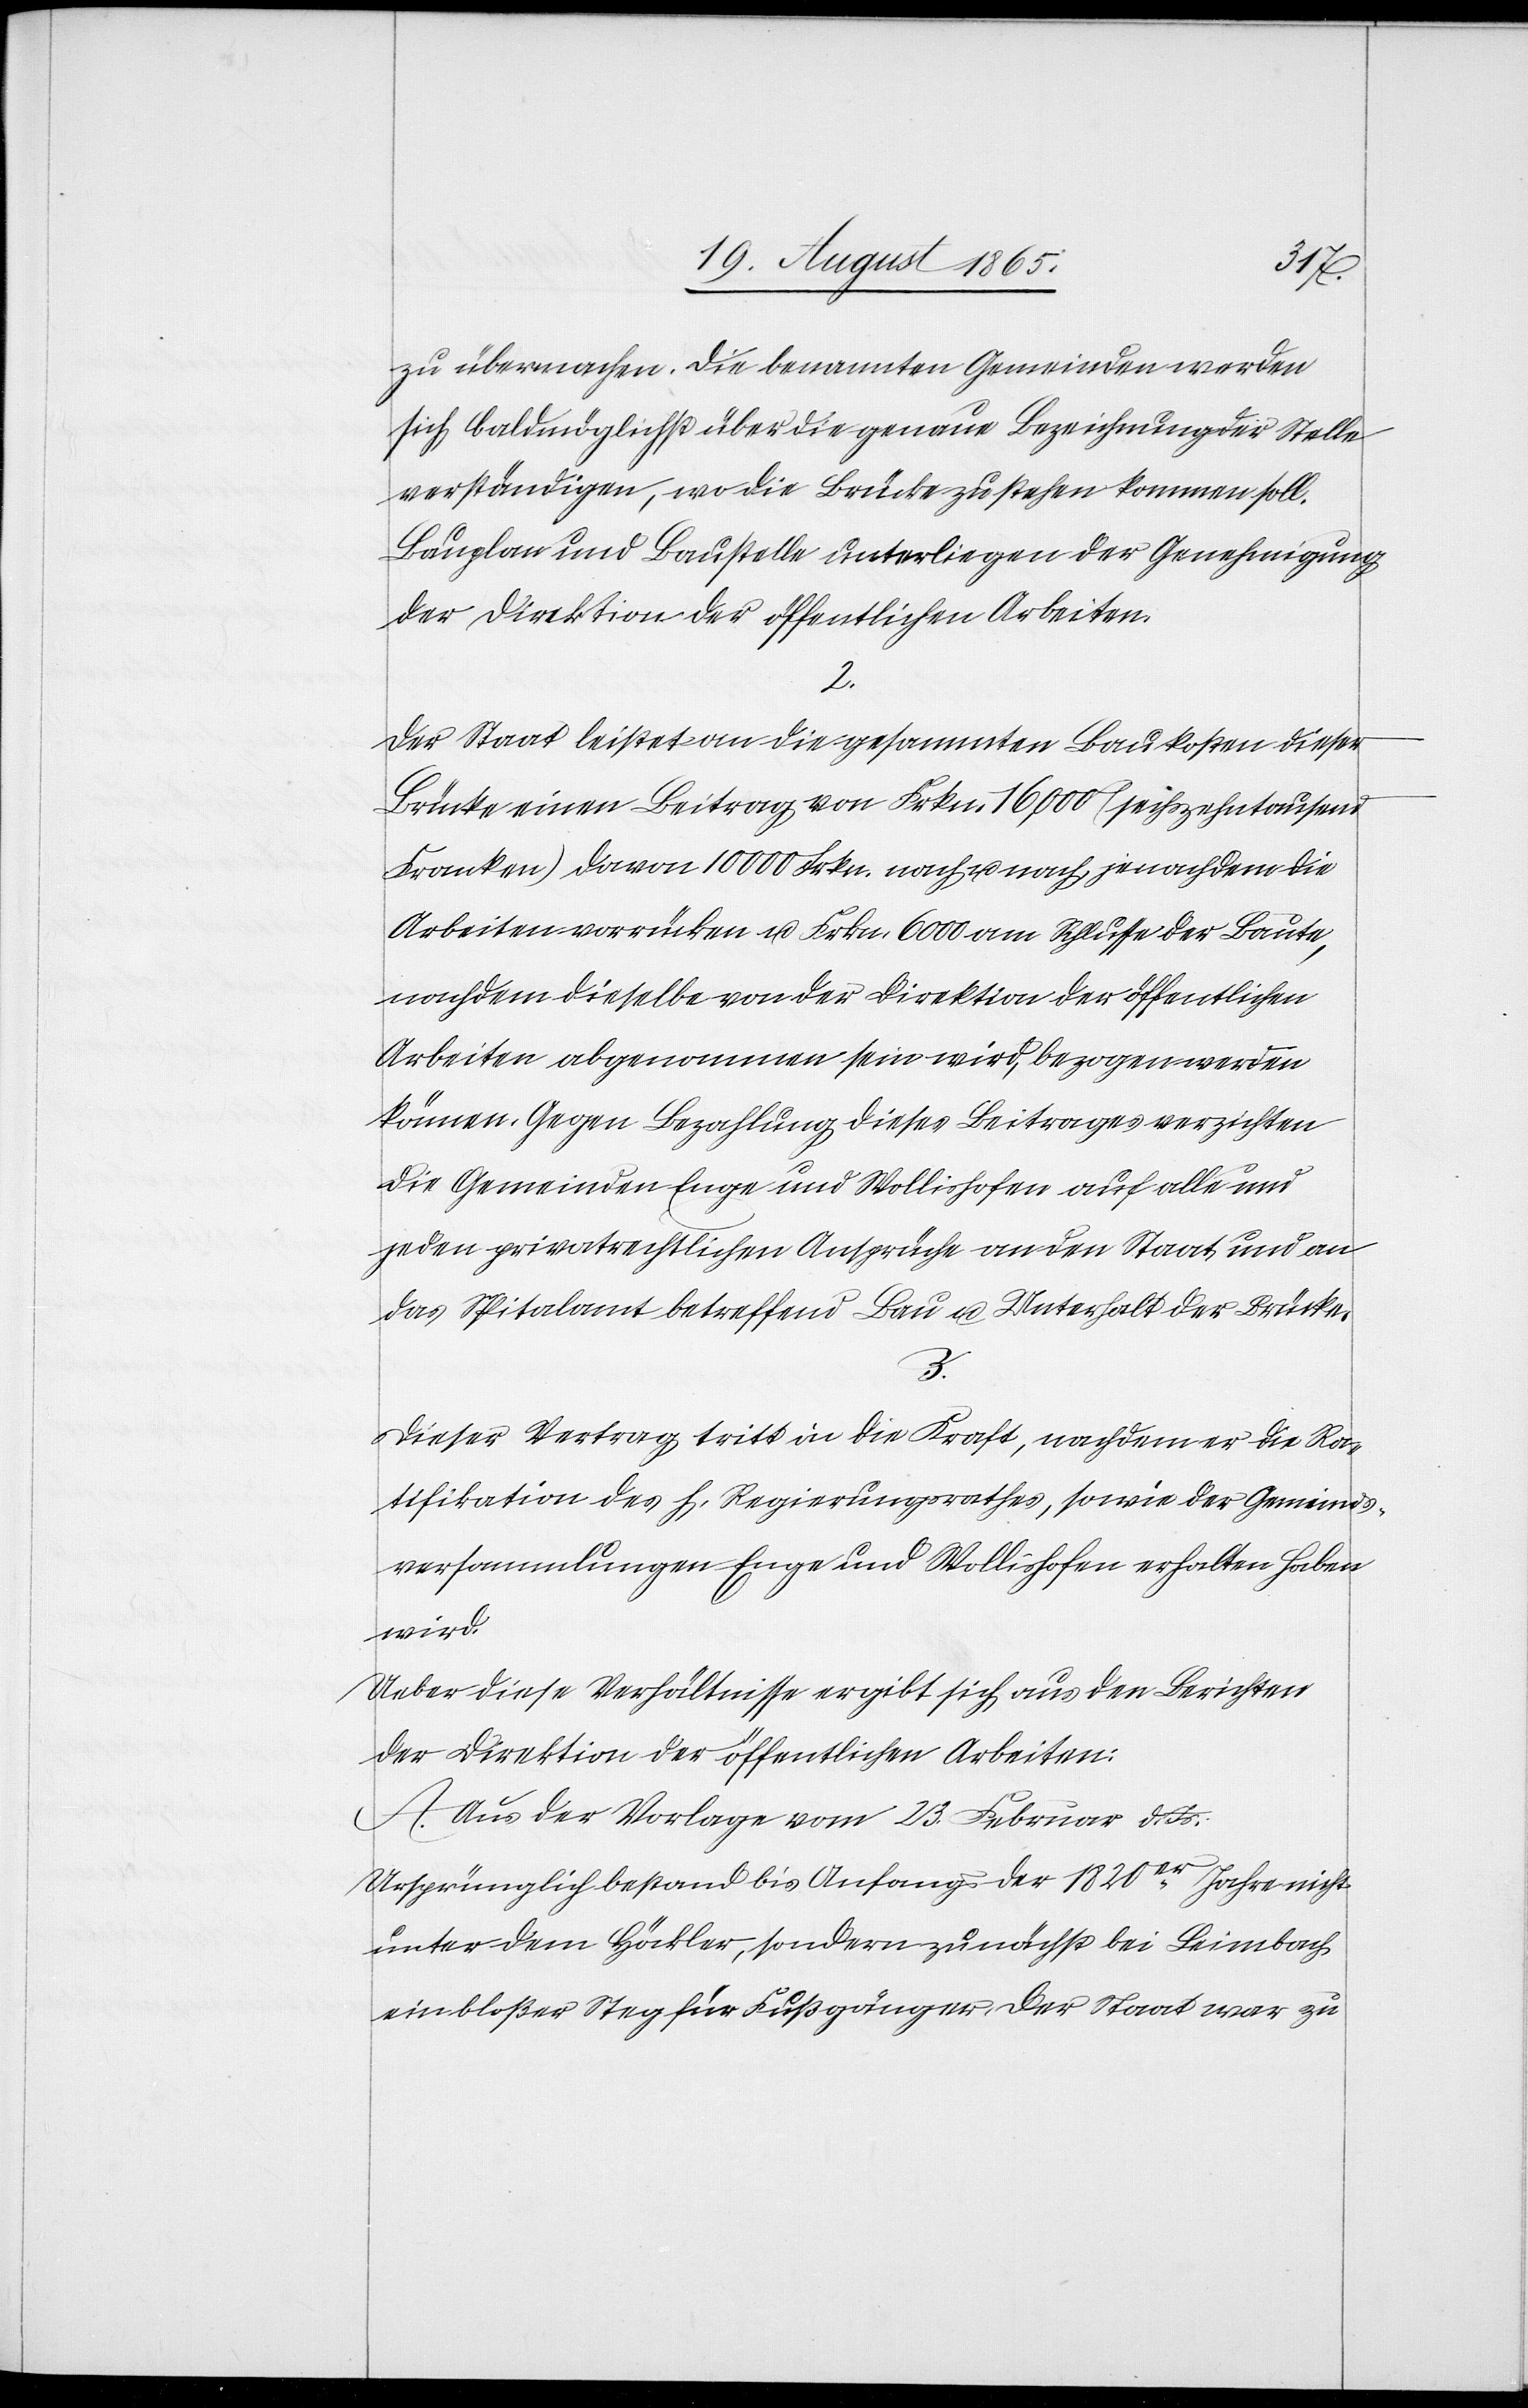
zu übermachen. Die benannten Gemeinden werden
sich baldmöglichst über die genaue Bezeichnung der Stelle
verständigen, wo die Brücke zu stehen kommen soll.
Bauplan und Baustelle unterliegen der Genehmigung
der Direktion der öffentlichen Arbeiten.
2.
Der Staat leistet an die gesammten Baukosten dieser
Brücke einen Beitrag von Frkn. 16,000 (sechszehntausend
Franken) davon 10 000 Frkn. nach u. nach, je nachdem die
Arbeiten vorrücken u. Frkn. 6000 am Schlusse der Baute,
nachdem dieselbe von der Direktion der öffentlichen
Arbeiten abgenommen sein wird, bezogen werden
können. Gegen Bezahlung dieses Beitrages verzichten
die Gemeinden Enge und Wollishofen auf alle und
jeden privatrechtlichen Ansprüche an den Staat und an
das Spitalamt betreffend Bau u. Unterhalt der Brücke.
3.
Dieser Vertrag tritt in die Kraft, nachdem er die Ra¬
tifikation des h. Regierungsrathes, sowie der Gemeinds¬
versammlungen Enge und Wollishofen erhalten haben
wird.
Ueber diese Verhältnisse ergibt sich aus den Berichten
der Direktion der öffentlichen Arbeiten.
A. Aus der Vorlage vom 23. Februar d. Js.
Ursprünglich bestand bis Anfangs der 1820er Jahre nicht
unter dem Höckler, sondern zunächst bei Leimbach
ein bloßer Steg für Fußgänger. Der Staat war zu